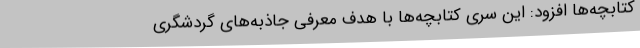
کتابچه‌ها افزود: این سری کتابچه‌ها با هدف معرفی جاذبه‌های گردشگری